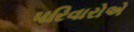
પરિવારોએ